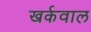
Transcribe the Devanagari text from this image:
खर्कवाल